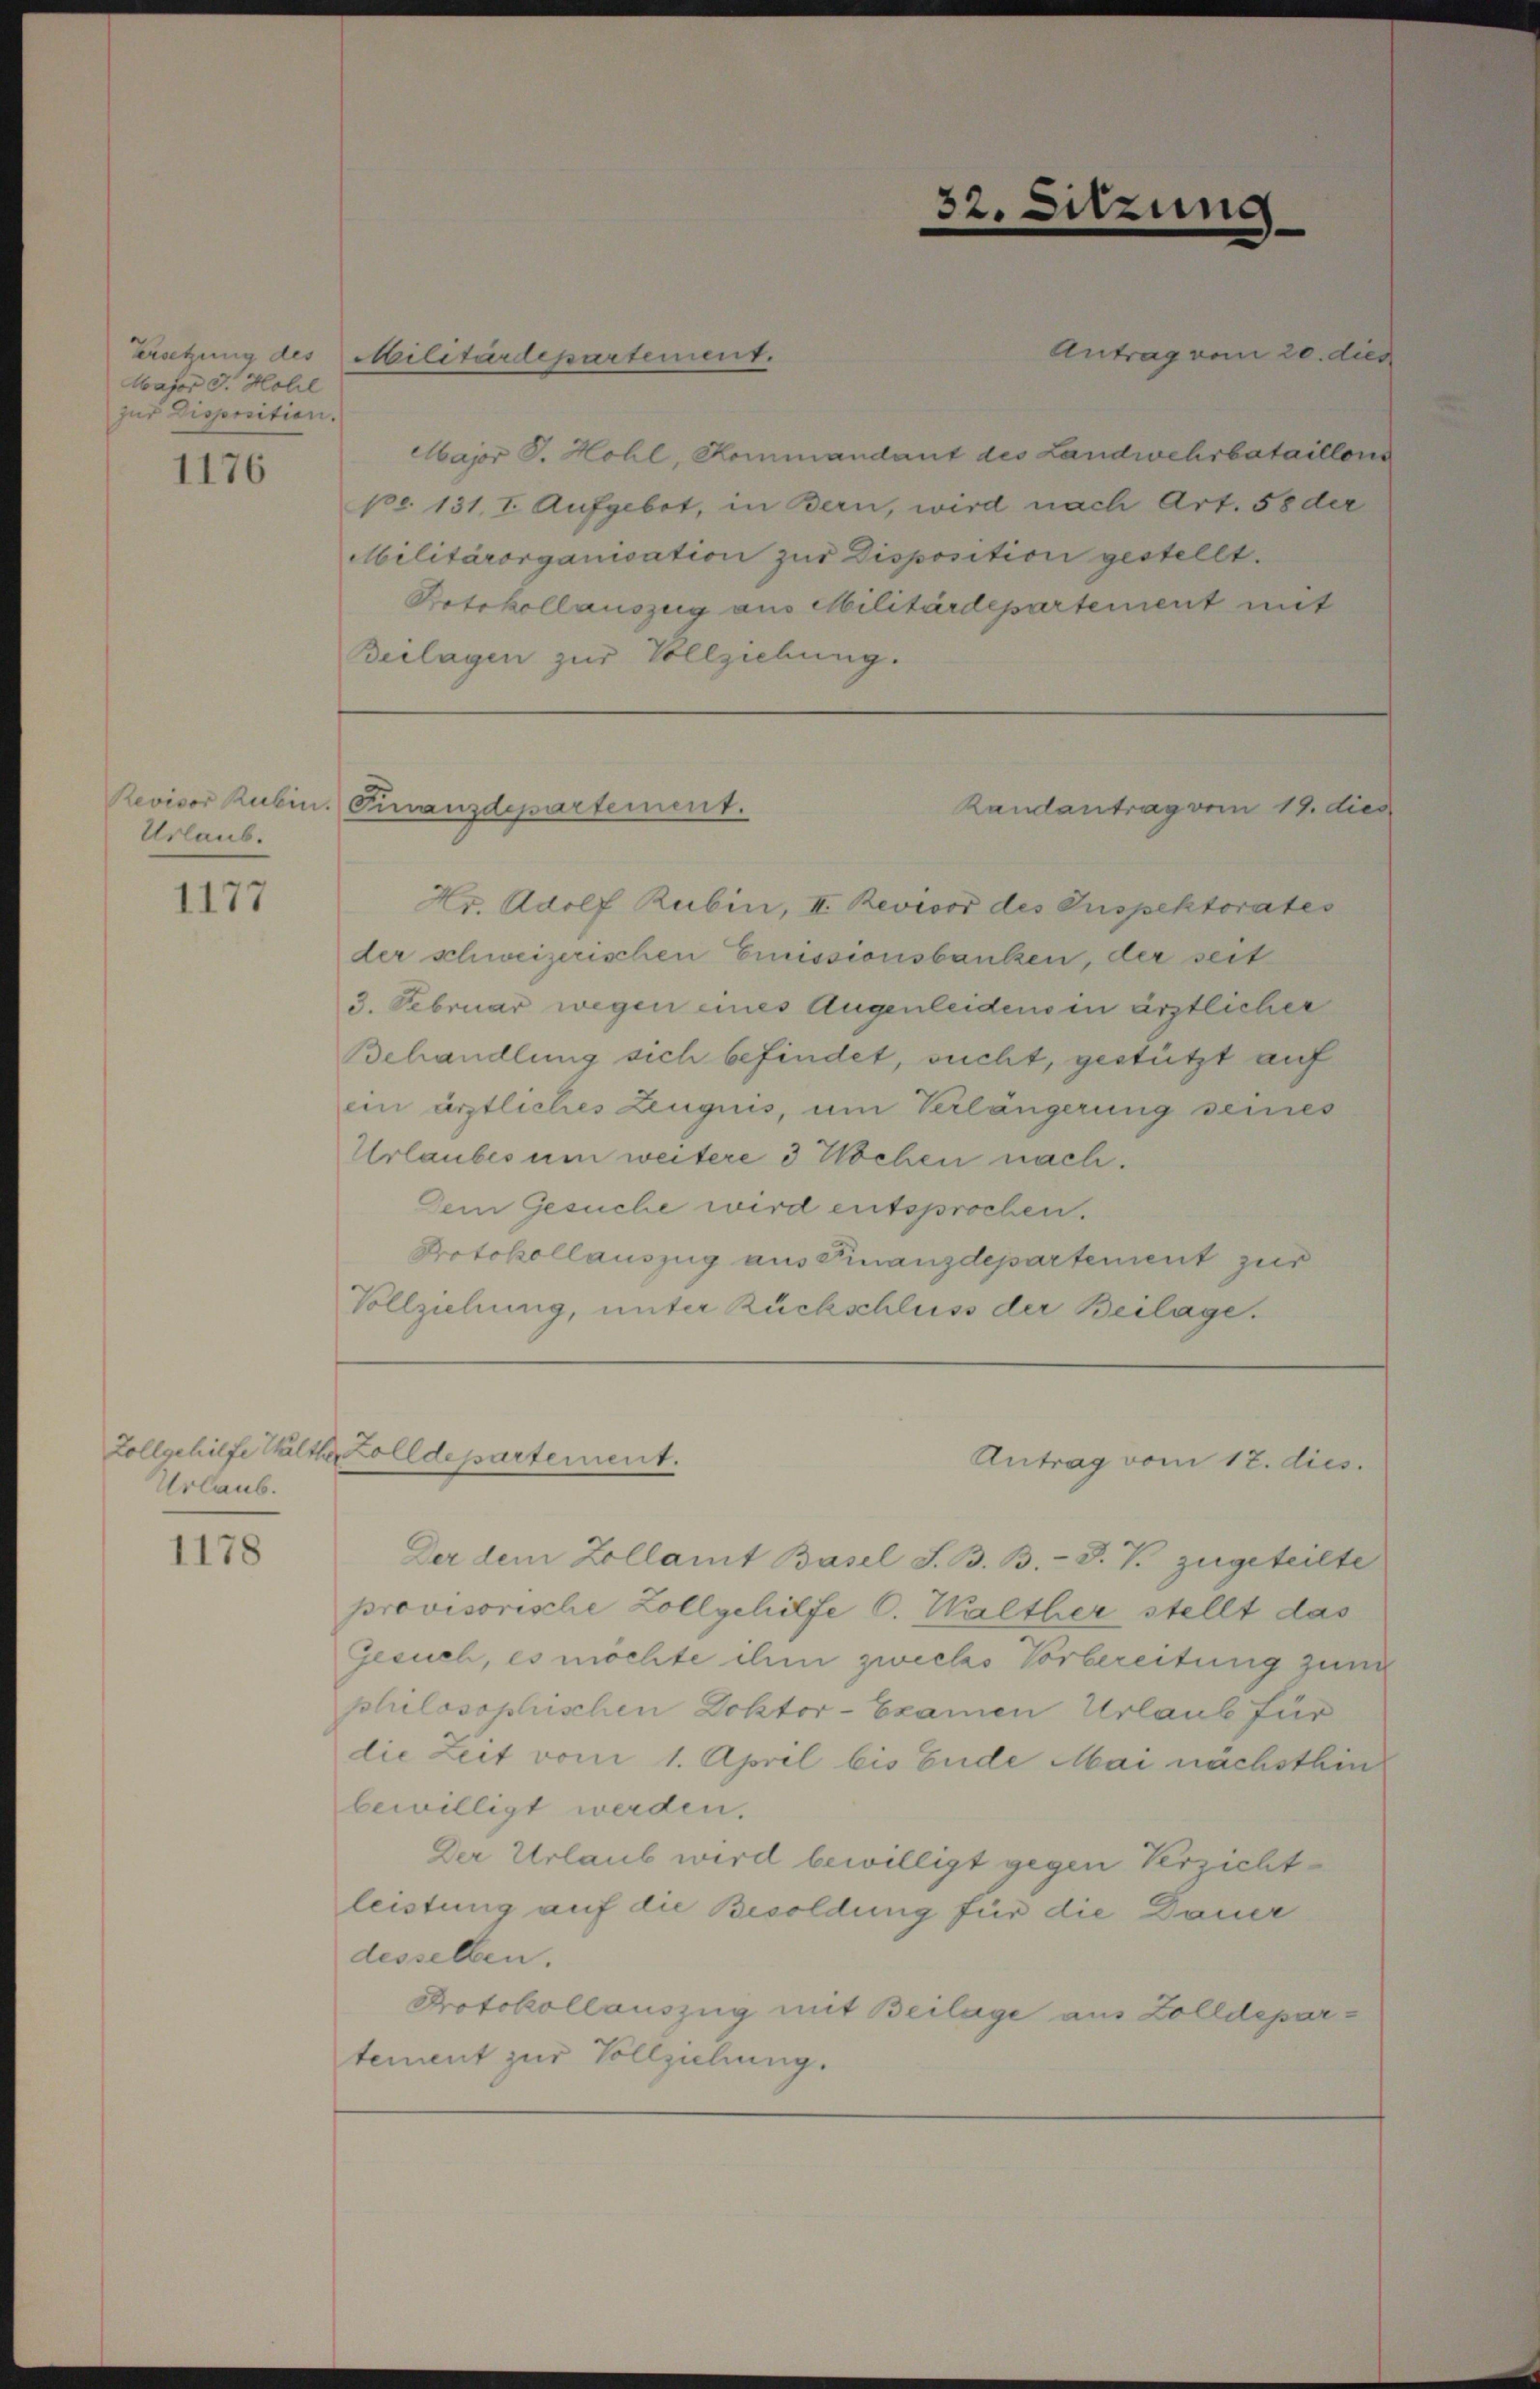
Major J. Holl
zur Disposition.

1176

Urlaub.

1177

Urlaub.

1178

Antrag vom 20. dies
Major J. Hohl, Hommandant des Landwehrbataillons
pr. 131. I. Aufgebot, in Bern, wird nach Art. 58 der
Militärorganisation zur Disposition gestellt.
Protokollauszug aus Militärdepartement mit
Beilagen zur Vollziehung.

Ersetzung des Militärdepartement.

Revisor Rubin. Finanzdepartement.

Zollgehilfe Walther Volldepartement.

32. Sitzung

Hr. Adolf Rubin, II. Revisor des Inspektorates
der schweizerischen Emissionsbanken, der seit
3. Februar wegen eines Augenleidens in ärztlicher
Behandlung sich befindet, sucht, gestützt auf
ein ärztliches Zeugnis, um Verlängerung seines
Urlaubes um weitere 3 Wochen nach.
Dem Gesuche wird entsprochen.
Protokollauszug aus Finanzdepartement zur
Vollziehung, unter Rückschluss der Beilage.

Randantrag vom 19. dies

Der dem Zollamt Basel S. B. B. J. V. zugeteilte
provisorische Zollgehilfe C. Walther stellt das
Gesuch, es möchte ihm zwecks Vorbereitung zum
philosophischen Doktor-Examen Urlaub für
die Zeit vom 1. April bis Ende Mai nächsthin
bewilligt werden.
Der Urlaub wird bewilligt gegen Verzicht
leistung auf die Besoldung für die Dauer
desselben.
Protokollauszug mit Beilage aus Zolldepartement zur Vollziehung.

Antrag vom 12. dies